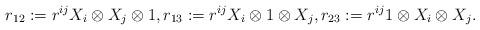
LaTeX: \begin{align*}r_{12}:=r^{ij}X_{i}\otimes X_{j}\otimes 1,r_{13}:=r^{ij}X_{i}\otimes 1\otimes X_{j},r_{23}:=r^{ij}1\otimes X_{i}\otimes X_{j}.\end{align*}